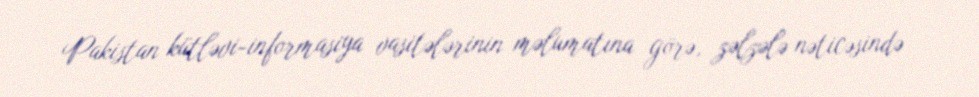
Pakistan kütləvi-informasiya vasitələrinin məlumatına görə, zəlzələ nəticəsində